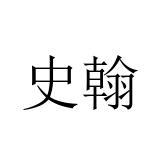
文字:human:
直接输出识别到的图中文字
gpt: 史翰